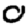
Digit: 0